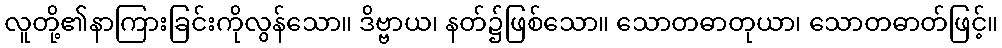
လူတို့၏နာကြားခြင်းကိုလွန်သော။ ဒိဗ္ဗာယ၊ နတ်၌ဖြစ်သော။ သောတဓာတုယာ၊ သောတဓာတ်ဖြင့်။